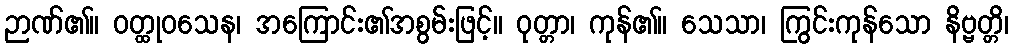
ဉာဏ်၏။ ဝတ္ထုဝသေန၊ အကြောင်း၏အစွမ်းဖြင့်။ ဝုတ္တာ၊ ကုန်၏။ သေသာ၊ ကြွင်းကုန်သော နိဗ္ဗတ္တိ၊